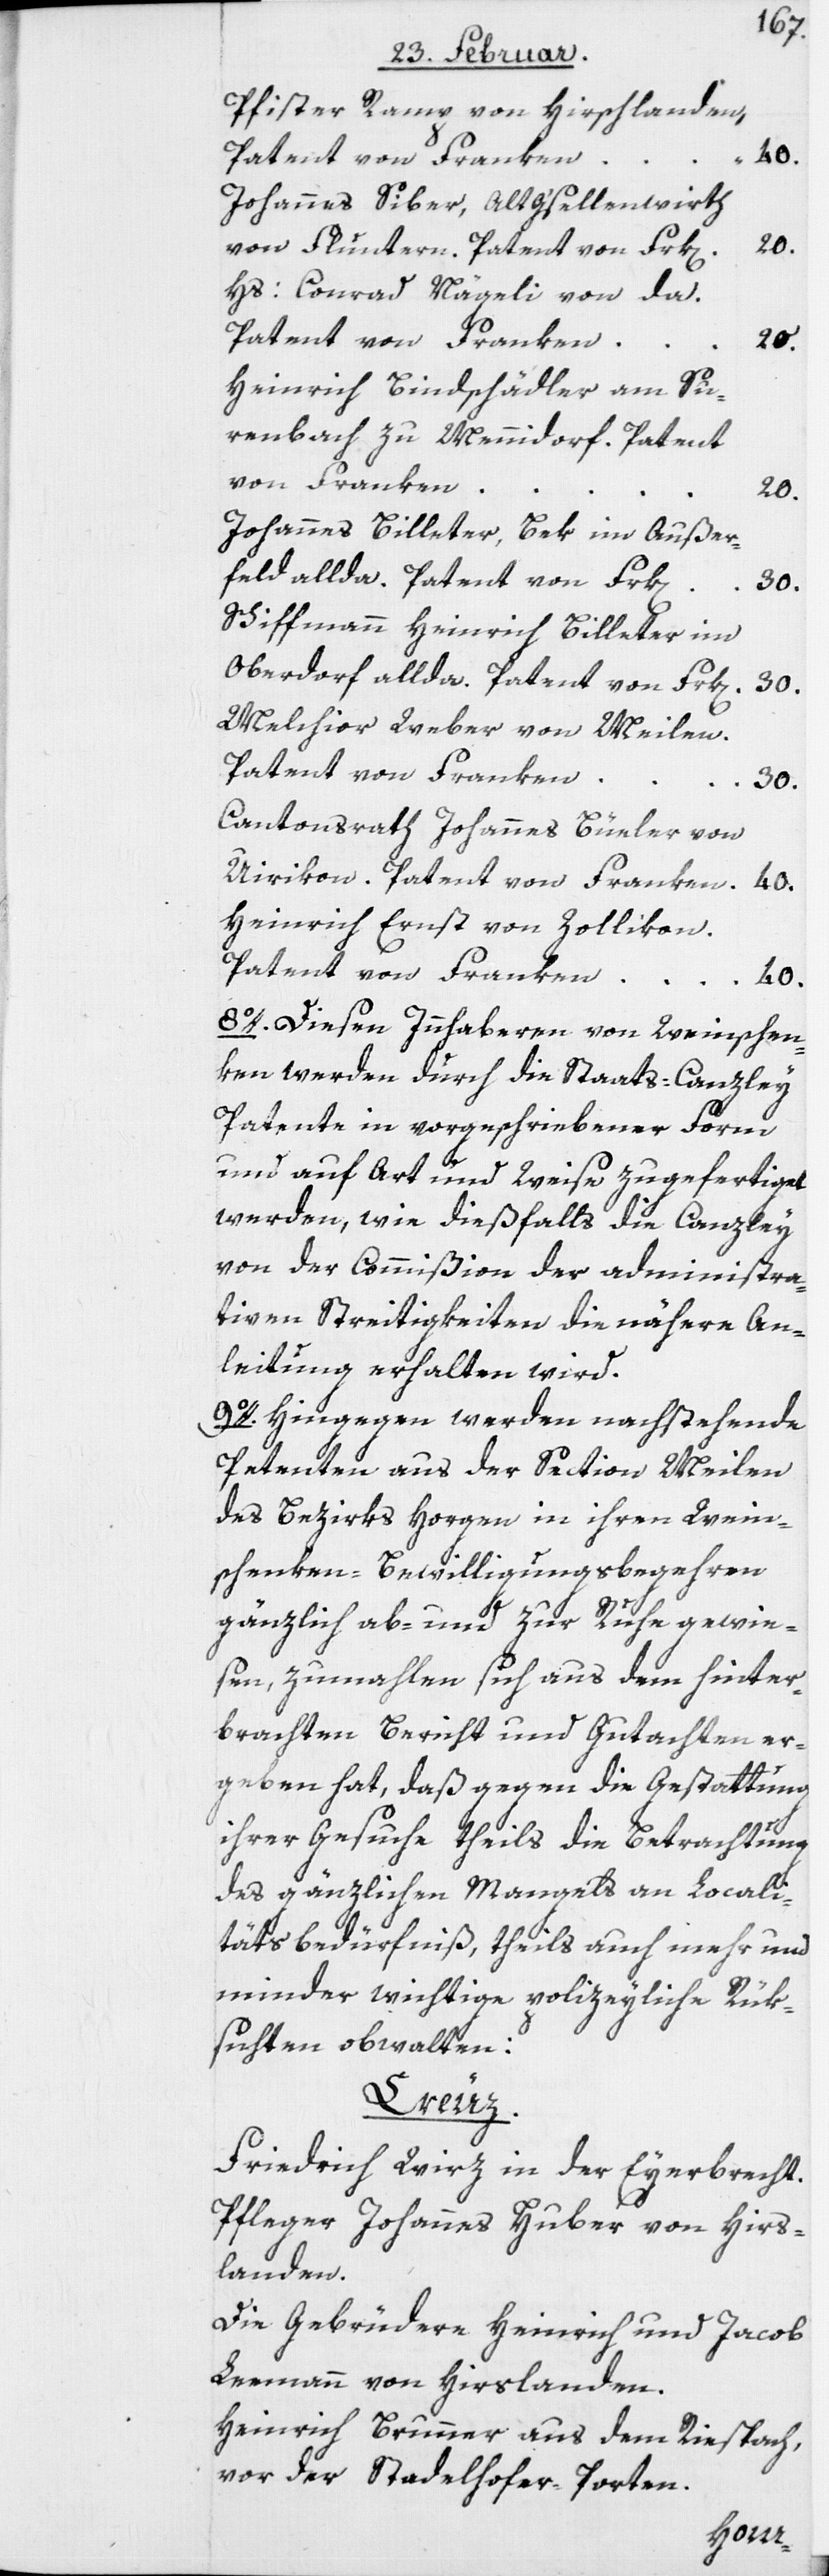
Pfister Ramp von Hirschlanden,
Johannes Siber, Alt[-] G‘sellenwirth
von Fluntern. Patent von Frk[en].
Hs: Conrad Nägeli von da.
Patent von Franken
20.
Heinrich Bindschädler am Su¬
renbach zu Mennidorf. Patent
von Franken
20.
Johannes Billeter, Bek im Außer¬
feld allda. Patent von Frk[e¬
Schiffmann Heinrich Billeter im
Oberdorf allda. Patent von Frk[en]. 30.
Melchior Weber von Meilen.
Patent von Franken
30.
Cantonsrath Johannes Büeler von
Uirikon. Patent von Franken 40.
Heinrich Ernst von Zollikon.
Patent von Franken
40.
8o. Diesen Innhaberen von Weinschen¬
ken werden durch die Staats-Canzley
Patente in vorgeschriebener Form
und auf Art und Weise zugefertiget
werden, wie dießfalls die Canzley
von der Commißion der administra¬
tiven Streitigkeiten die nähere An¬
leitung erhalten wird.
9o. Hingegen werden nachstehende
Petenten aus der Section Meilen
des Bezirks Horgen in ihren Wein¬
schenken-Bewilligungsbegehren
gänzlich ab- und zur Ruhe gewie¬
sen, zumahlen sich aus dem hinter¬
brachten Bericht und Gutachten er¬
geben hat, daß gegen die Gestattung
ihrer Gesuche theils die Betrachtung
des gänzlichen Mangels an Locali¬
tätsbedürfniß, theils auch mehr und
minder wichtige polizeyliche Rük¬
sichten obwalten:
Creuz.
Friedrich Wirz in der Eyerbrecht.
Pfleger Johannes Huber von Hirs¬
landen.
Die Gebrüdere Heinrich und Jacob
Leemann von Hirslanden.
Heinrich Brunner aus dem Riespach,
vor der Stadelhofer-Porten.
n].